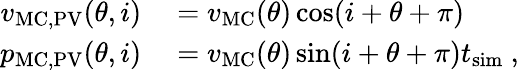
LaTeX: \begin{array}{rl}{v_{\mathrm{MC,PV}}(\theta,i)}&{{}=v_{\mathrm{MC}}(\theta)\cos(i+\theta+\pi)}\\ {p_{\mathrm{MC,PV}}(\theta,i)}&{{}=v_{\mathrm{MC}}(\theta)\sin(i+\theta+\pi)t_{\mathrm{sim}}\ ,}\end{array}